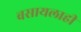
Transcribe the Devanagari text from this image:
बसायलाही